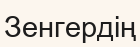
Зенгердің